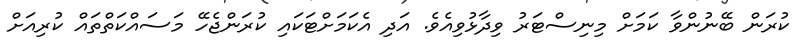
ކުރަން ބޭނުންވާ ކަމަށް މިނިސްޓަރު ވިދާޅުވިއެވެ. އަދި އެކަމަށްޓަކައި ކުރަންޖެހޭ މަސައްކަތްތައް ކުރިއަށް